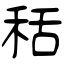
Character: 秳